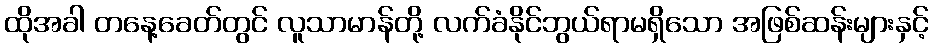
ထိုအခါ တနေ့ခေတ်တွင် လူသာမာန်တို့ လက်ခံနိုင်ဘွယ်ရာမရှိသော အဖြစ်ဆန်းများနှင့်